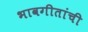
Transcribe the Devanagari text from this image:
भावगीतांची